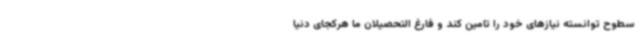
سطوح توانسته نیازهای خود را تامین کند و فارغ التحصیلان ما هرکجای دنیا